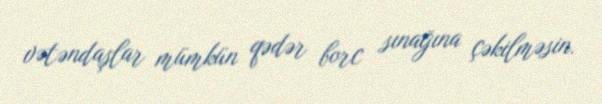
vətəndaşlar mümkün qədər borc sınağına çəkilməsin.